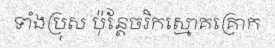
ទាំងប្រុស ប៉ុន្តែចរិកស្មោគគ្រោក